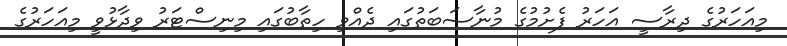
މިއަހަރުގެ ދިރާސީ އަހަރު ފެށުމުގެ މުނާސަބަތުގައި ދެއްވި ހިތާބުގައި މިނިސްޓަރު ވިދާޅުވީ މިއަހަރުގެ